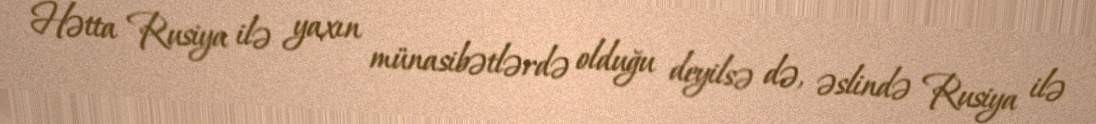
Hətta Rusiya ilə yaxın münasibətlərdə olduğu deyilsə də, əslində Rusiya ilə